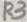
Text: R4